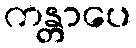
ကန္တာပေ